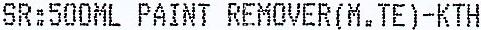
SR:500ML PAINT REMOVER(M.TE)-KTH